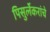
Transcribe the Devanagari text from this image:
पिसुर्लेकरांचे